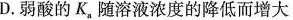
D.弱酸的K，随溶液浓度的降低而增大